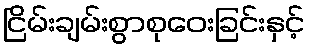
ငြိမ်းချမ်းစွာစုဝေးခြင်းနှင့်